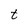
Character: t